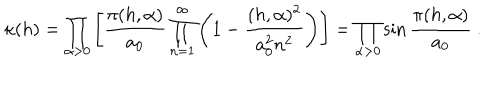
LaTeX: \kappa ( h ) = \prod _ { \alpha > 0 } \left[ \frac { \pi ( h , \alpha ) } { a _ { 0 } } \prod _ { n = 1 } ^ { \infty } \left( 1 - \frac { ( h , \alpha ) ^ { 2 } } { a _ { 0 } ^ { 2 } n ^ { 2 } } \right) \right] = \prod _ { \alpha > 0 } \sin \frac { \pi ( h , \alpha ) } { a _ { 0 } } \ .